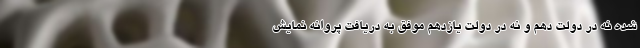
شده نه در دولت دهم و نه در دولت یازدهم موفق به دریافت پروانه نمایش